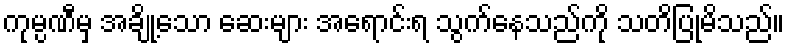
ကုမ္ပဏီမှ အချို့သော ဆေးများ အရောင်းရ သွက်နေသည်ကို သတိပြုမိသည်။